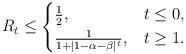
LaTeX: \begin{align*} R_t \leq \begin{cases} \frac{1}{2}, & t \leq 0 ,\\ \frac{1}{1+ |1- \alpha -\beta|^t}, & t \geq 1. \end{cases} \end{align*}